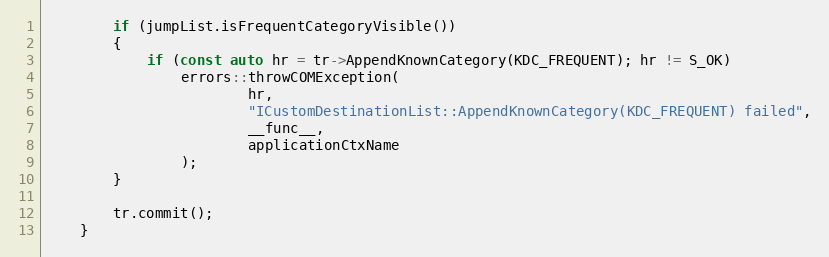
Language: C++
        if (jumpList.isFrequentCategoryVisible())
        {
            if (const auto hr = tr->AppendKnownCategory(KDC_FREQUENT); hr != S_OK)
                errors::throwCOMException(
                        hr,
                        "ICustomDestinationList::AppendKnownCategory(KDC_FREQUENT) failed",
                        __func__,
                        applicationCtxName
                );
        }

        tr.commit();
    }